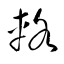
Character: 輅